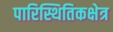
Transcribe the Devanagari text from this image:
पारिस्थितिकक्षेत्र